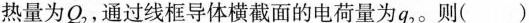
热量为Q{ 2 }，通过线框导体横截面的电荷量为q{ 2}。则()